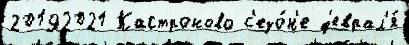
20192021 Кастроново с'езо́н'е ф'еврал'я́